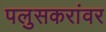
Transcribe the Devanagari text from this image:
पलुसकरांवर